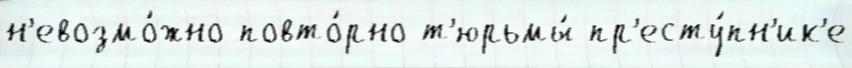
н'евозмо́жно повто́рно т'юрьмы́ пр'есту́пн'ик'е